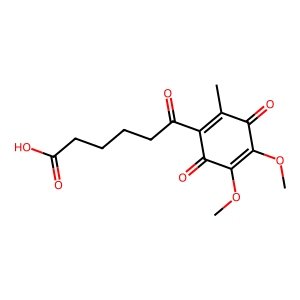
SMILES: COC1=C(OC)C(=O)C(C(=O)CCCCC(=O)O)=C(C)C1=O
Inhibits HIV replication: No